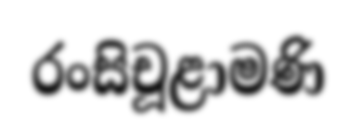
රංසිචූළාමණි